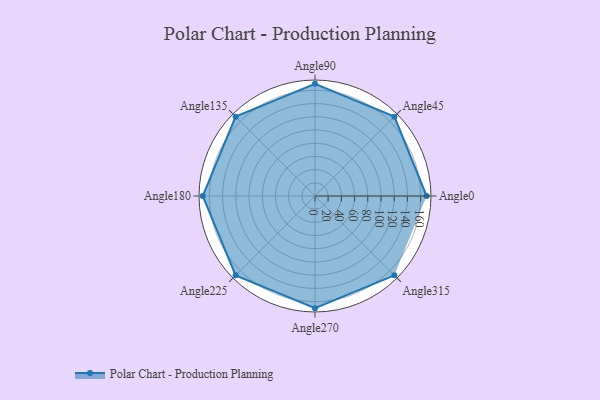
{"axis": {"x": "Angle", "y": "Radius"}, "legend": [""], "data": [{"x": "Angle0", "y": 169.0, "type": ""}, {"x": "Angle45", "y": 170, "type": ""}, {"x": "Angle90", "y": 170, "type": ""}, {"x": "Angle135", "y": 170, "type": ""}, {"x": "Angle180", "y": 170, "type": ""}, {"x": "Angle225", "y": 170, "type": ""}, {"x": "Angle270", "y": 170, "type": ""}, {"x": "Angle315", "y": 170, "type": ""}]}